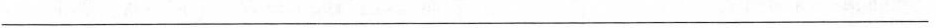
___